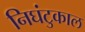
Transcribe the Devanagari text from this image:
निघंटुकाल